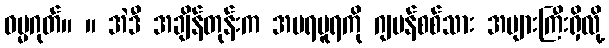
ဓမ္မဂုတ်။ ။ အဲဒီ အချိန်တုန်းက အမရပူရကို ဂျပန်စစ်သား အများကြီးရှိလို့